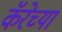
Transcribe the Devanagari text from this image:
कॅरेच्या